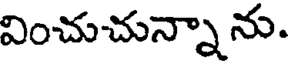
వించుచున్నాను.